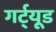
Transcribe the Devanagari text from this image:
गर्ट्‌यूड